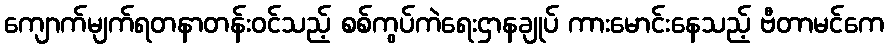
ကျောက်မျက်ရတနာတန်းဝင်သည့် စစ်ကွပ်ကဲရေးဌာနချုပ် ကားမောင်းနေသည့် ဗီတာမင်ကေ